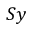
S y